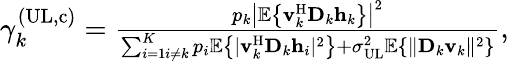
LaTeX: \begin{array}{r}{\gamma_{k}^{(\mathrm{UL},\mathrm{c})}=\frac{p_{k}\left|\mathbb{E}\left\{ \mathbf{v}_{k}^{\mathrm{H}}\mathbf{D}_{k}{\mathbf{h}}_{k}\right\} \right|^{2}}{\sum_{i=1i\neq k}^{K}p_{i}\mathbb{E}\left\{ |\mathbf{v}_{k}^{\mathrm{H}}\mathbf{D}_{k}{\mathbf{h}}_{i}|^{2}\right\} +\sigma_{\mathrm{UL}}^{2}\mathbb{E}\left\{ \| \mathbf{D}_{k}\mathbf{v}_{k}\| ^{2}\right\} },}\end{array}